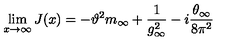
\lim _ { x \to \infty } J ( x ) = - \vartheta ^ { 2 } m _ { \infty } + \frac { 1 } { g _ { \infty } ^ { 2 } } - i \frac { \theta _ { \infty } } { 8 \pi ^ { 2 } }